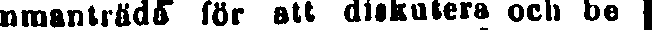
sammanträda för att diskutera och be